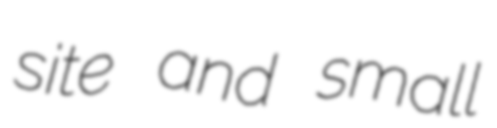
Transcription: site and small